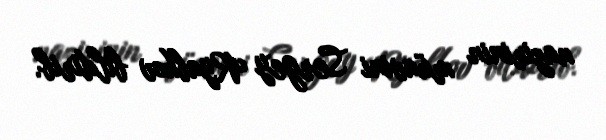
nazirinin müavini Sergey Ryabkov bildirib.